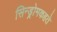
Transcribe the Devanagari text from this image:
सिन्ड्रोमकहते